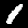
Label: 1